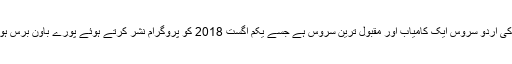
ریڈیو چین کی اردو سروس ایک کامیاب اور مقبول ترین سروس ہے جسے یکم اگست 2018 کو پروگرام نشر کرتے ہوئے پورے باون برس ہوجائیں گے۔